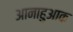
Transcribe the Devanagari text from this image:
आनाहुआक